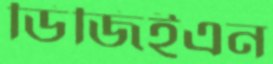
ডিজিইএন